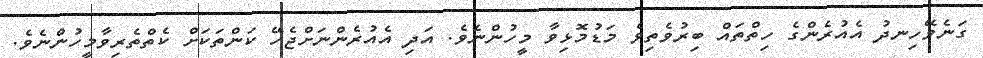
ގަނެވޭހިނދު އެއުރެންގެ ހިތްތައް ބިރުވެތިވެ މަޑުމޮޅިވާ މީހުންނެވެ. އަދި އެއުރެންނަށްޖެހޭ ކަންތަކަށް ކެތްތެރިވާމީހުންނެވެ.